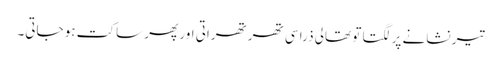
تیر نشانے پر لگتا تو تھالی ذرا سی تھرتھراتی اور پھر ساکت ہو جاتی۔